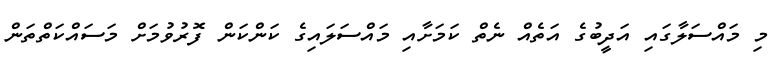
މި މައްސަލާގައި އަދީބުގެ އަތެއް ނެތް ކަމަށާއި މައްސަލައިގެ ކަންކަން ފޮރުވުމަށް މަސައްކަތްތަން